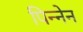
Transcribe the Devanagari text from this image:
पिन्नेन